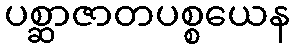
ပစ္ဆာဇာတပစ္စယေန